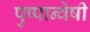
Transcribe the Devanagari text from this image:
पुष्पान्वेषी